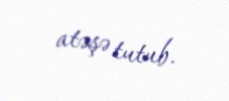
atəşə tutub.